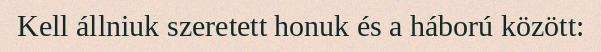
Kell állniuk szeretett honuk és a háború között: